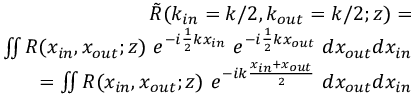
\begin{array} { r l r } & { } & { \tilde { R } ( k _ { i n } = k / 2 , k _ { o u t } = k / 2 ; z ) = } \\ & { } & { \iint { R ( x _ { i n } , x _ { o u t } ; z ) ~ e ^ { - i \frac { 1 } { 2 } k x _ { i n } } ~ e ^ { - i \frac { 1 } { 2 } k x _ { o u t } } ~ d x _ { o u t } d x _ { i n } } } \\ & { } & { = \iint { R ( x _ { i n } , x _ { o u t } ; z ) ~ e ^ { - i k \frac { x _ { i n } + x _ { o u t } } { 2 } } ~ d x _ { o u t } d x _ { i n } } } \end{array}